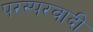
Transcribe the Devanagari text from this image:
परस्परवादी